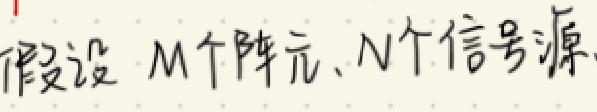
假设 $M$ 个阵元、$N$ 个信号源